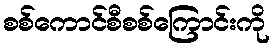
စစ်ကောင်စီစစ်ကြောင်းကို